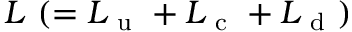
L ~ ( = L _ { \mathrm { ~ u ~ } } + L _ { \mathrm { ~ c ~ } } + L _ { \mathrm { ~ d ~ } } )